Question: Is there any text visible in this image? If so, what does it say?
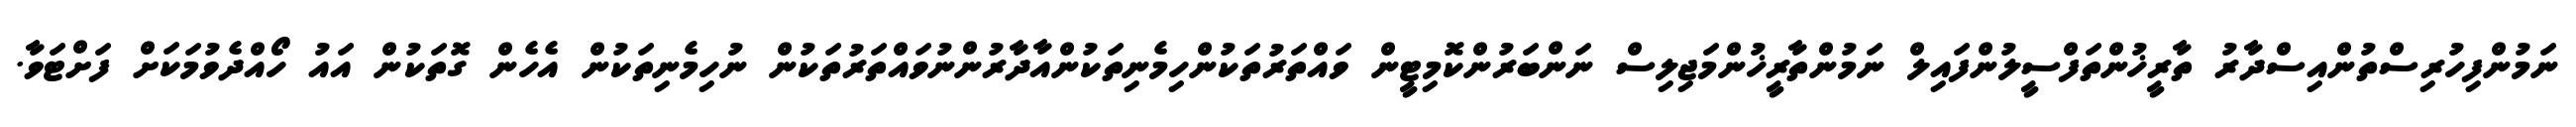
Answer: ނަމުންފިހުރިސްތުންއިސްދާރު ތާރީޚުންތަފްސީލުންފައިލް ނަމުންތާރީޚުންމަޖިލިސް ނަންބަރުންކޮމިޓީން ވައްތަރުތަކުންހިމެނިތަކުންއާދާރުންނުވައްތަރުތަކުން ނުހިމެނިތަކުން އެހެން ގޮތަކުން އައު ހޯއްދެވުމަކަށް ފަށްޓަވާ.